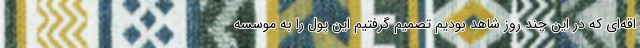
اقه‌ای که در این چند روز شاهد بودیم تصمیم گرفتیم این پول را به موسسه